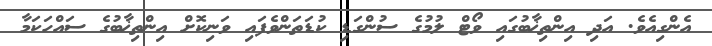
އެންގިއެވެ. އަދި އިންތިޚާބުގައި ވޯޓް ލުމުގެ ސުންގަޑި ކުޑަތަންވެފައި ވަނިކޮށް އިންތިޚާބުގެ ސައްހަކަމާ